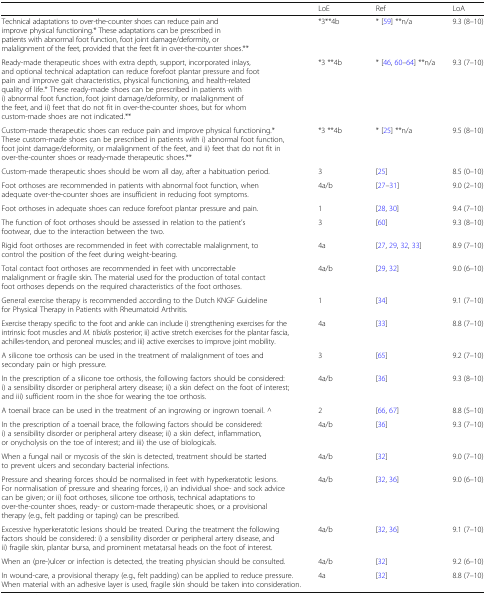
<table><thead><tr><td>[EMPTY_CELL]</td><td><b>LoE</b></td><td><b>Ref</b></td><td><b>LoA</b></td></tr></thead><tbody><tr><td>Technical adaptations to over-the-counter shoes can reduce pain and improve physical functioning.* These adaptations can be prescribed in patients with abnormal foot function, foot joint damage/deformity, or malalignment of the feet, provided that the feet fit in over-the-counter shoes.**</td><td>*3**4b</td><td>* [59] **n/a</td><td>9.3 (8–10)</td></tr><tr><td>Ready-made therapeutic shoes with extra depth, support, incorporated inlays, and optional technical adaptation can reduce forefoot plantar pressure and foot pain and improve gait characteristics, physical functioning, and health-related quality of life.* These ready-made shoes can be prescribed in patients with i) abnormal foot function, foot joint damage/deformity, or malalignment of the feet, and ii) feet that do not fit in over-the-counter shoes, but for whom custom-made shoes are not indicated.**</td><td>*3 **4b</td><td>* [46, 60–64] **n/a</td><td>9.3 (7–10)</td></tr><tr><td>Custom-made therapeutic shoes can reduce pain and improve physical functioning.* These custom-made shoes can be prescribed in patients with i) abnormal foot function, foot joint damage/deformity, or malalignment of the feet, and ii) feet that do not fit in over-the-counter shoes or ready-made therapeutic shoes.**</td><td>*3 **4b</td><td>* [25] **n/a</td><td>9.5 (8–10)</td></tr><tr><td>Custom-made therapeutic shoes should be worn all day, after a habituation period.</td><td>3</td><td>[25]</td><td>8.5 (0–10)</td></tr><tr><td>Foot orthoses are recommended in patients with abnormal foot function, when adequate over-the-counter shoes are insufficient in reducing foot symptoms.</td><td>4a/b</td><td>[27–31]</td><td>9.0 (2–10)</td></tr><tr><td>Foot orthoses in adequate shoes can reduce forefoot plantar pressure and pain.</td><td>1</td><td>[28, 30]</td><td>9.4 (7–10)</td></tr><tr><td>The function of foot orthoses should be assessed in relation to the patient’s footwear, due to the interaction between the two.</td><td>3</td><td>[60]</td><td>9.3 (8–10)</td></tr><tr><td>Rigid foot orthoses are recommended in feet with correctable malalignment, to control the position of the feet during weight-bearing.</td><td>4a</td><td>[27, 29, 32, 33]</td><td>8.9 (7–10)</td></tr><tr><td>Total contact foot orthoses are recommended in feet with uncorrectable malalignment or fragile skin. The material used for the production of total contact foot orthoses depends on the required characteristics of the foot orthoses.</td><td>4a/b</td><td>[29, 32]</td><td>9.0 (6–10)</td></tr><tr><td>General exercise therapy is recommended according to the Dutch KNGF Guideline for Physical Therapy in Patients with Rheumatoid Arthritis.</td><td>1</td><td>[34]</td><td>9.1 (7–10)</td></tr><tr><td>Exercise therapy specific to the foot and ankle can include i) strengthening exercises for the intrinsic foot muscles and <i>M. tibialis</i> posterior; ii) active stretch exercises for the plantar fascia, achilles-tendon, and peroneal muscles; and iii) active exercises to improve joint mobility.</td><td>4a</td><td>[33]</td><td>8.8 (7–10)</td></tr><tr><td>A silicone toe orthosis can be used in the treatment of malalignment of toes and secondary pain or high pressure.</td><td>3</td><td>[65]</td><td>9.2 (7–10)</td></tr><tr><td>In the prescription of a silicone toe orthosis, the following factors should be considered: i) a sensibility disorder or peripheral artery disease; ii) a skin defect on the foot of interest; and iii) sufficient room in the shoe for wearing the toe orthosis.</td><td>4a/b</td><td>[36]</td><td>9.3 (8–10)</td></tr><tr><td>A toenail brace can be used in the treatment of an ingrowing or ingrown toenail. ^</td><td>2</td><td>[66, 67]</td><td>8.8 (5–10)</td></tr><tr><td>In the prescription of a toenail brace, the following factors should be considered: i) a sensibility disorder or peripheral artery disease; ii) a skin defect, inflammation, or onycholysis on the toe of interest; and iii) the use of biologicals.</td><td>4a/b</td><td>[36]</td><td>9.3 (7–10)</td></tr><tr><td>When a fungal nail or mycosis of the skin is detected, treatment should be started to prevent ulcers and secondary bacterial infections.</td><td>4a/b</td><td>[32]</td><td>9.0 (7–10)</td></tr><tr><td>Pressure and shearing forces should be normalised in feet with hyperkeratotic lesions. For normalisation of pressure and shearing forces, i) an individual shoe- and sock advice can be given; or ii) foot orthoses, silicone toe orthosis, technical adaptations to over-the-counter shoes, ready- or custom-made therapeutic shoes, or a provisional therapy (e.g., felt padding or taping) can be prescribed.</td><td>4a/b</td><td>[32, 36]</td><td>9.0 (6–10)</td></tr><tr><td>Excessive hyperkeratotic lesions should be treated. During the treatment the following factors should be considered: i) a sensibility disorder or peripheral artery disease, and ii) fragile skin, plantar bursa, and prominent metatarsal heads on the foot of interest.</td><td>4a/b</td><td>[32, 36]</td><td>9.1 (7–10)</td></tr><tr><td>When an (pre-)ulcer or infection is detected, the treating physician should be consulted.</td><td>4a/b</td><td>[32]</td><td>9.2 (6–10)</td></tr><tr><td>In wound-care, a provisional therapy (e.g., felt padding) can be applied to reduce pressure. When material with an adhesive layer is used, fragile skin should be taken into consideration.</td><td>4a</td><td>[32]</td><td>8.8 (7–10)</td></tr></tbody></table>